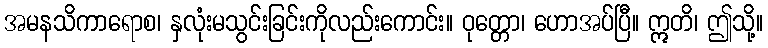
အမနသိကာရောစ၊ နှလုံးမသွင်းခြင်းကိုလည်းကောင်း။ ဝုတ္တော၊ ဟောအပ်ပြီ။ ဣတိ၊ ဤသို့။